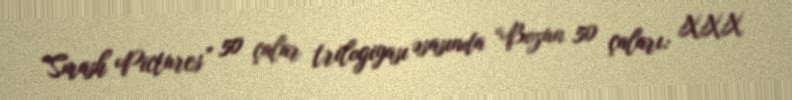
“Smash Pictures” 50 çalar trilogiyası əsasında “Bozun 50 çaları: XXX